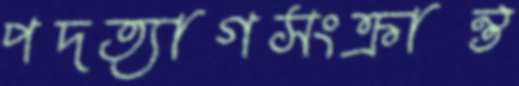
পদত্যাগসংক্রান্ত